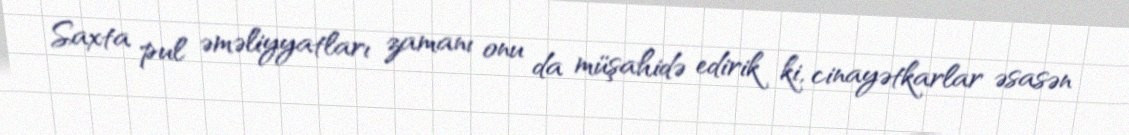
Saxta pul əməliyyatları zamanı onu da müşahidə edirik ki, cinayətkarlar əsasən